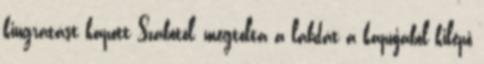
kiugratást kapott Szabótól, megtolta a labdát a kapujából kilépő